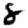
Digit: 8